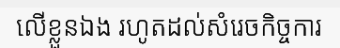
លើខ្លួនឯង រហូតដល់សំរេចកិច្ចការ